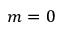
m = 0